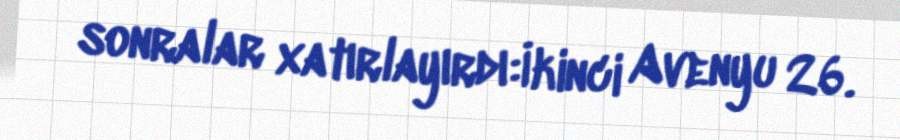
sonralar xatırlayırdı:İkinci Avenyu 26.